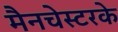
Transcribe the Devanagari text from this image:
मैनचेस्टरके